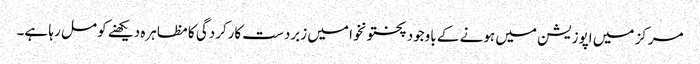
مرکز میں اپوزیشن میں ہونے کے باوجود پختونخوا میں زبردست کارکردگی کا مظاہرہ دیکھنے کو مل رہا ہے۔